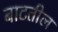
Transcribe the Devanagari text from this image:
बाटतील